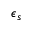
\epsilon _ { s }